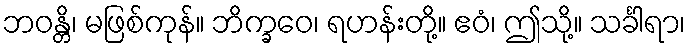
ဘဝန္တိ၊ မဖြစ်ကုန်။ ဘိက္ခဝေ၊ ရဟန်းတို့။ ဧဝံ၊ ဤသို့။ သင်္ခါရာ၊